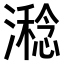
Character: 𣿇